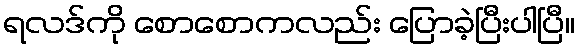
ရလဒ်ကို စောစောကလည်း ပြောခဲ့ပြီးပါပြီ။